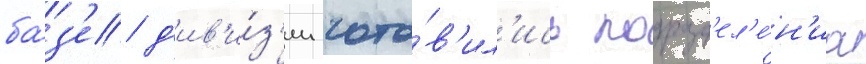
ба́з'е д'ив'и́з'ии гото́в'ил'ись подразд'ел'е́н'иа